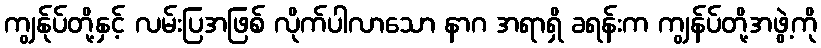
ကျွန်ုပ်တို့နှင့် လမ်းပြအဖြစ် လိုက်ပါလာသော နာဂ အရာရှိ ခရန်းက ကျွန်ပ်တို့အဖွဲ့ကို